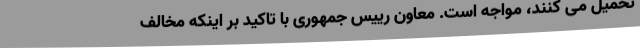
تحمیل می کنند، مواجه است. معاون رییس جمهوری با تاکید بر اینکه مخالف